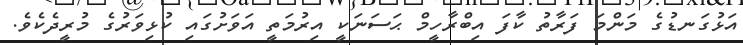
އަޅުގަނޑުގެ މަންމަ ފަރާތު ކާފަ އިބްރާހީމް ޙަސަނަކީ އިރުމަތީ އަވަށުގައި ކުޅިވަރުގެ މުރީދެކެވެ.